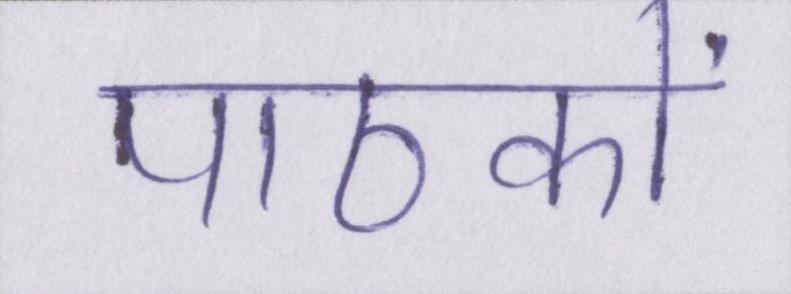
पाठकों